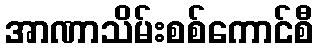
အာဏာသိမ်းစစ်ကောင်စီ